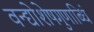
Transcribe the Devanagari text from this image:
वन्द्योशेषगुणाब्धिं